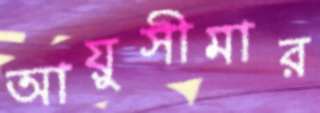
আয়ুসীমার